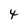
Character: 4